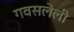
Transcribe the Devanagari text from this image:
गवसलेली